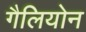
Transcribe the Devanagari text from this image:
गैलियोन